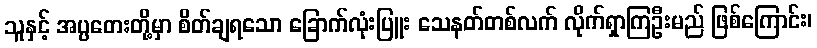
သူနှင့် အပ္ပတေးတို့မှာ စိတ်ချရသော ခြောက်လုံးပြူး သေနတ်တစ်လက် လိုက်ရှာကြဦးမည် ဖြစ်ကြောင်း၊